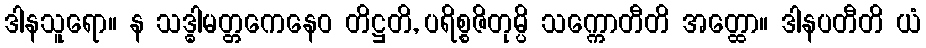
ဒါနသူရော။ န သဒ္ဓါမတ္တကေနေဝ တိဋ္ဌတိ, ပရိစ္စဇိတုမ္ပိ သက္ကောတီတိ အတ္ထော။ ဒါနပတီတိ ယံ